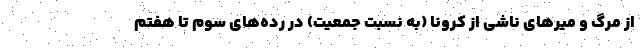
از مرگ و میرهای ناشی از کرونا (به نسبت جمعیت) در رده‌های سوم تا هفتم